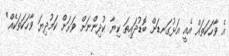
އެ ވާހަކަތައް އެއީ އަޅުގަނޑަށް ބޮޑުދައިތަ ކިޔާ ކުދިންނަށް ވަރަށް ކަމުދިޔަ ވާހަކަތަކެއް"